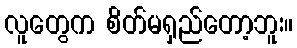
လူတွေက စိတ်မရှည်တော့ဘူး။